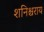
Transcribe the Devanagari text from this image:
शनिश्चराय